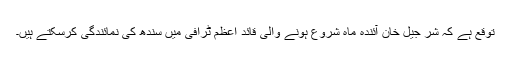
توقع ہے کہ شر جیل خان آئندہ ماہ شروع ہونے والی قائد اعظم ٹرافی میں سندھ کی نمائندگی کرسکتے ہیں۔